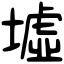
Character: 墟